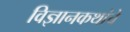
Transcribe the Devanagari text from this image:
विज्ञानकथांचे